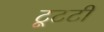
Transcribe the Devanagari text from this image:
टूटटी